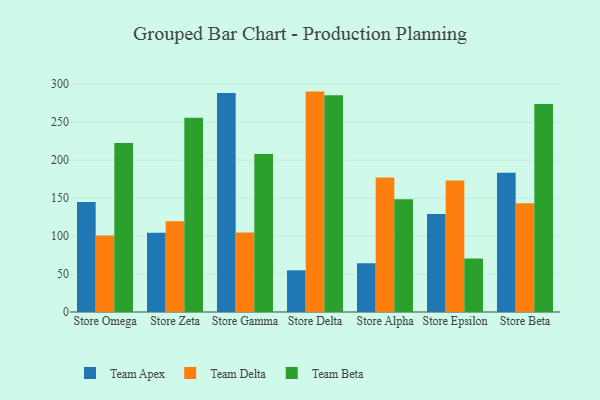
{"axis": {"x": "Store", "y": "Customer Acquisition Cost (USD)"}, "legend": ["Team Apex", "Team Beta", "Team Delta"], "data": [{"x": "Store Omega", "y": 144.7, "type": "Team Apex"}, {"x": "Store Omega", "y": 100.7, "type": "Team Delta"}, {"x": "Store Omega", "y": 222.4, "type": "Team Beta"}, {"x": "Store Zeta", "y": 104.2, "type": "Team Apex"}, {"x": "Store Zeta", "y": 119.6, "type": "Team Delta"}, {"x": "Store Zeta", "y": 255.9, "type": "Team Beta"}, {"x": "Store Gamma", "y": 288.3, "type": "Team Apex"}, {"x": "Store Gamma", "y": 104.8, "type": "Team Delta"}, {"x": "Store Gamma", "y": 208.1, "type": "Team Beta"}, {"x": "Store Delta", "y": 54.9, "type": "Team Apex"}, {"x": "Store Delta", "y": 290.2, "type": "Team Delta"}, {"x": "Store Delta", "y": 285.3, "type": "Team Beta"}, {"x": "Store Alpha", "y": 64.2, "type": "Team Apex"}, {"x": "Store Alpha", "y": 177.0, "type": "Team Delta"}, {"x": "Store Alpha", "y": 148.6, "type": "Team Beta"}, {"x": "Store Epsilon", "y": 129.1, "type": "Team Apex"}, {"x": "Store Epsilon", "y": 173.2, "type": "Team Delta"}, {"x": "Store Epsilon", "y": 70.3, "type": "Team Beta"}, {"x": "Store Beta", "y": 183.5, "type": "Team Apex"}, {"x": "Store Beta", "y": 143.2, "type": "Team Delta"}, {"x": "Store Beta", "y": 273.9, "type": "Team Beta"}]}